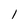
Character: 1